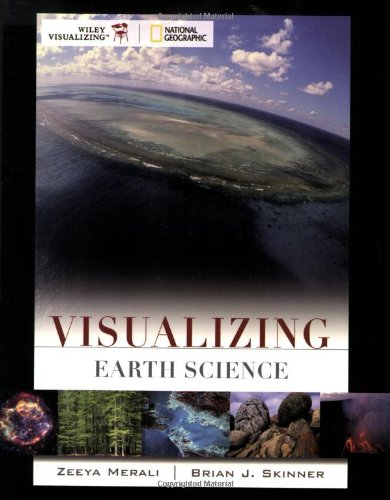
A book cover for Visualizing Earth Science; Zeeya Merali; Science & Math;